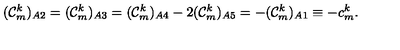
( { \cal C } _ { m } ^ { k } ) _ { A 2 } = ( { \cal C } _ { m } ^ { k } ) _ { A 3 } = ( { \cal C } _ { m } ^ { k } ) _ { A 4 } - 2 ( { \cal C } _ { m } ^ { k } ) _ { A 5 } = - ( { \cal C } _ { m } ^ { k } ) _ { A 1 } \equiv - c _ { m } ^ { k } .